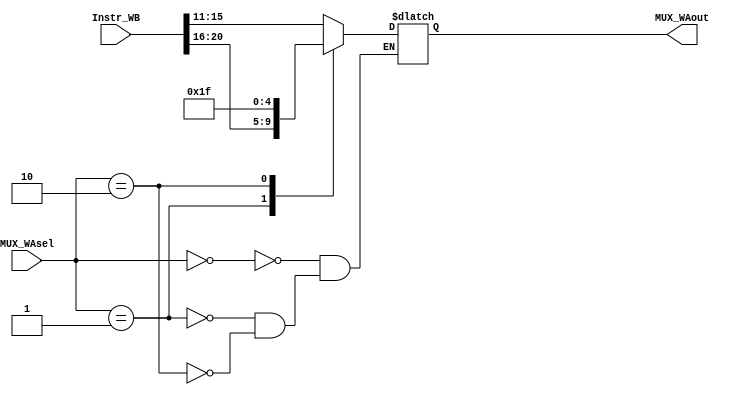
`timescale 1ns / 1ps
//////////////////////////////////////////////////////////////////////////////////
// Company: 
// Engineer: 
// 
// Design Name: 
// Module Name:    MUX_WA 
// Project Name: 
// Target Devices: 
// Tool versions: 
// Description: 
//
// Dependencies: 
//
// Revision: 
// Revision 0.01 - File Created
// Additional Comments: 
//
//////////////////////////////////////////////////////////////////////////////////
module MUX_WA(
    input [31:0] Instr_WB,
    input [1:0] MUX_WAsel,
    output reg [4:0] MUX_WAout
    );
	wire [4:0]rd;
	wire [4:0]rt;
	
	assign rd=Instr_WB[15:11];
	assign rt=Instr_WB[20:16];
	
	always @(*)begin
		case (MUX_WAsel)
			2'b00: MUX_WAout<=rd;
			2'b01: MUX_WAout<=rt;
			2'b10: MUX_WAout<=5'b11111;
		endcase
	end

endmodule